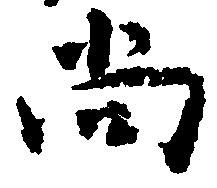
尚